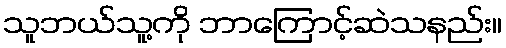
သူဘယ်သူ့ကို ဘာကြောင့်ဆဲသနည်း။